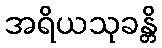
အရိယသုခန္တိ